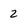
Character: 2